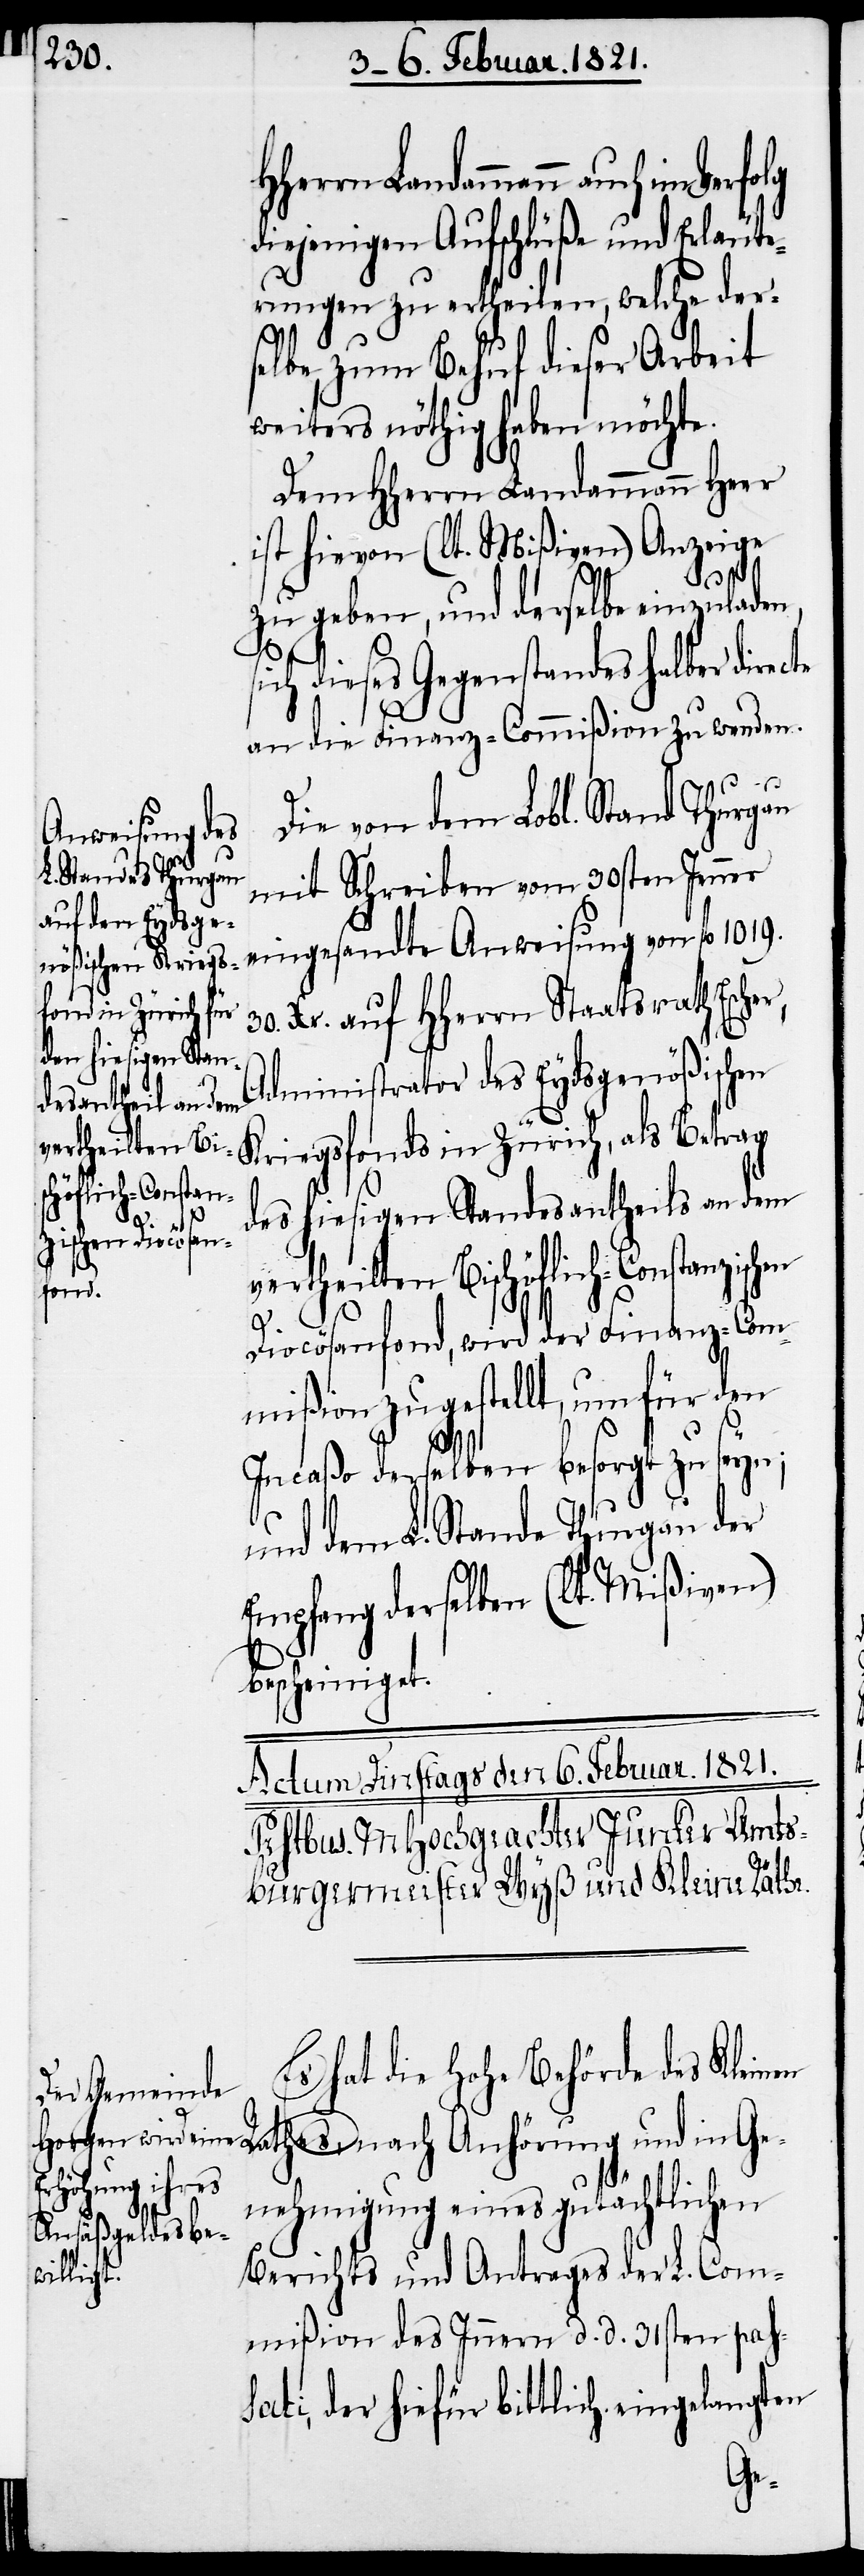
HHerrn Landammann auch
diejenigen Aufschlüße und Erläute¬
rungen zu ertheilen, welche ders¬
elbe zu Behuf dieser Arbeit
weiters nöthig haben möchte.
Dem HHerrn Landammann Heer
ist hievon (lt. Mißiven) Anzeige
s¬
zu geben, und derselbe einzuladen,
ich dieses Gegenstandes halber direc¬
an die Finanz-Commißion zu wenden.
Die von dem Lobl. Stand Thurgau
mit Schreiben vom 30sten Jenner
eingesandte Anweisung von fl. 1019.
30. Xr. auf HHerrn Staatsrath Escher,
in Zürich, als
te
Administrator des Eydsgenößischen
des hiesigen Standesantheils an dem
ertheilten Bischöflich-Constanzischen
Diocösanfond, wird der Finanz-Com¬
mißion zugestellt, um für den
Incaßo derselben besorgt zu seyn;
und dem L. Stande Thurgau der
Empfang derselben (lt. Mißiven)
bescheiniget.
hat die hohe Behörde des Klein¬
en Rathes, nach Anhörung und in Ge¬
nehmigung eines gutächtlichen
Berichts und Antrages der L. Com¬
mißion des Innern d. d. 31sten pas¬
sati, der hiefür bittlich eingelangten